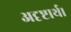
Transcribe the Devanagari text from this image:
अदृष्टार्थ।